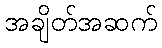
အချိတ်အဆက်